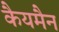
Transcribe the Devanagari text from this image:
कैयमैन